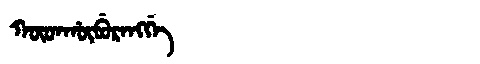
Manchu: ᡴᡡᡨᡥᡡᠪᡠᡵᠠᠩᡤᡝ
Romanization: KŪTHŪBURANGGE